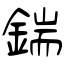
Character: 鍴